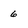
Character: 6